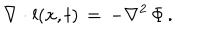
LaTeX: \nabla \cdot { \bf l } ( { \bf x } , t ) \, = \, - \nabla ^ { 2 } \, \Phi \, .